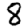
Digit: 8